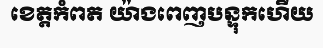
ខេត្តកំពត យ៉ាងពេញបន្ទុកហើយ